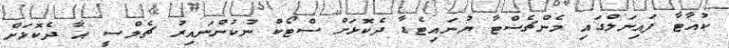
ކުއާޓާ ފައިނަލްގައި މެންޗެސްޓާ ޔުނައިޓެޑާ ދެކޮޅަށް ސްޓޯކް ނުކުންނައިރު ޗެލްސީ އާ ދެކޮޅަށް